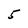
Character: 5